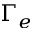
\Gamma _ { e }